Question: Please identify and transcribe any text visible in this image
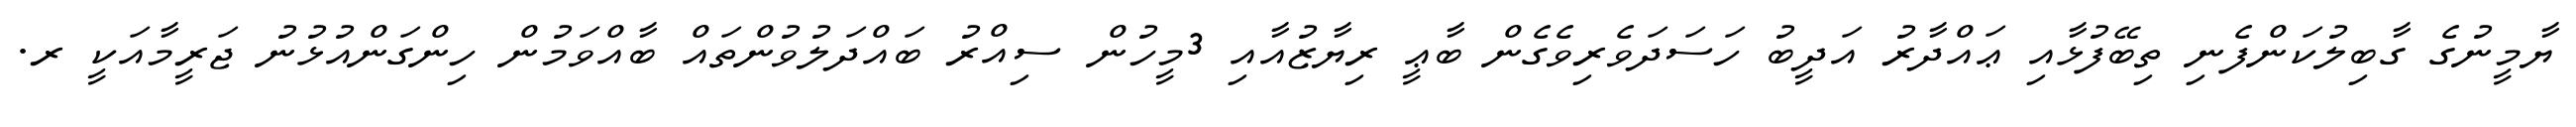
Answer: ޔާމީނުގެ ގާބިލުކަންފެނި ތިބޭފުޅާއި ޢައްދާރު އަދީބު ހަސަދަވެރިވެގެން ބާޢީ ރިޔާޒުއާއި 3މީހުން ސިއްރު ބައްދަލުވުންތައް ބާއްވަމުން ހިންގަންއުޅުނު ޖަރީމާއަކީ ރ.